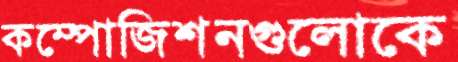
কম্পোজিশনগুলোকে